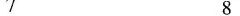
7 8